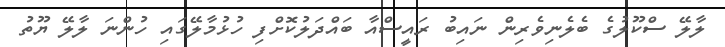
ލާލޭ ސްކޫލުގެ ބެލެނިވެރިން ނައިބު ރައީސްއާ ބައްދަލުކޮށްފި ހުޅުމާލޭގައި ހުންނަ ލާލޭ ޔޫތު